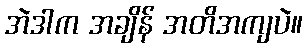
အဲဒါက အချိန် အတိအကျပဲ။